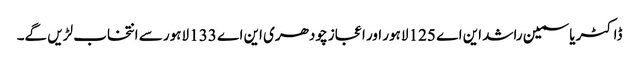
ڈاکٹر یاسمین راشد این اے 125 لاہور اور اعجاز چودھری این اے 133 لاہور سے انتخاب لڑیں گے۔